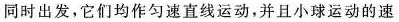
同时出发，它们均作匀速直线运动，并且小球运动的速